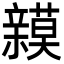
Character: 𮄾